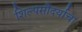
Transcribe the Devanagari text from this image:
शिल्पसौंदर्याचा